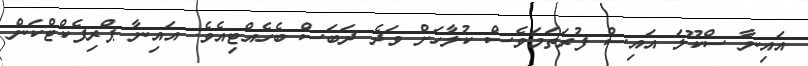
އައިނާ ސްކޫލަ އައިސް ފުރަތަމަވެސް ކުލާހަށް ވަދެ ދަބަސް ބެހެއްޓިއެވެ. އައިނާ ޕްރިފެކްޓްކަން